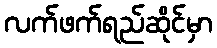
လက်ဖက်ရည်ဆိုင်မှာ